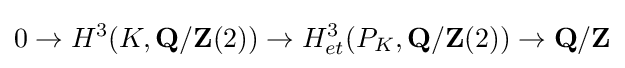
0\rightarrow H^{3}(K,\mathbf {Q} /\mathbf {Z} (2))\rightarrow H_{et}^{3}(P_{K},\mathbf {Q} /\mathbf {Z} (2))\rightarrow \mathbf {Q} /\mathbf {Z}